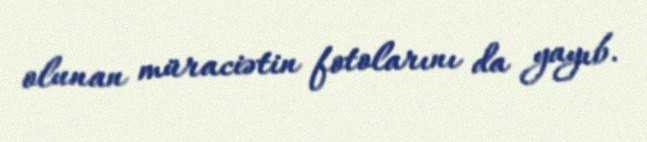
olunan müraciətin fotolarını da yayıb.